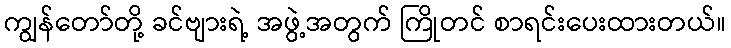
ကျွန်တော်တို့ ခင်ဗျားရဲ့ အဖွဲ့အတွက် ကြိုတင် စာရင်းပေးထားတယ်။